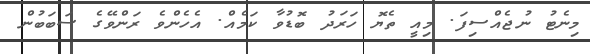
މިނެޓު ނުޖެއްސިފަ. މިއީ ތެޔޮ ހަރަދު ބޮޑުވާ ކަމެއް. އެހެންވެ ރަންވޭގެ ސަބަބުން